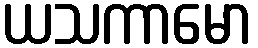
ယသကာမော